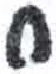
אות: ח